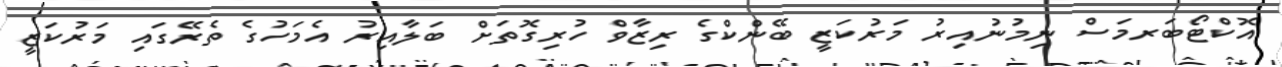
އޮކްޓޯބަރމަސް ނިމުނުއިރު މަރުކަޒީ ބޭންކްގެ ރިޒާވް ހުރިގޮތަށް ބަލާއިރު އެމަހުގެ ތެރޭގައި މަރުކަޒީ